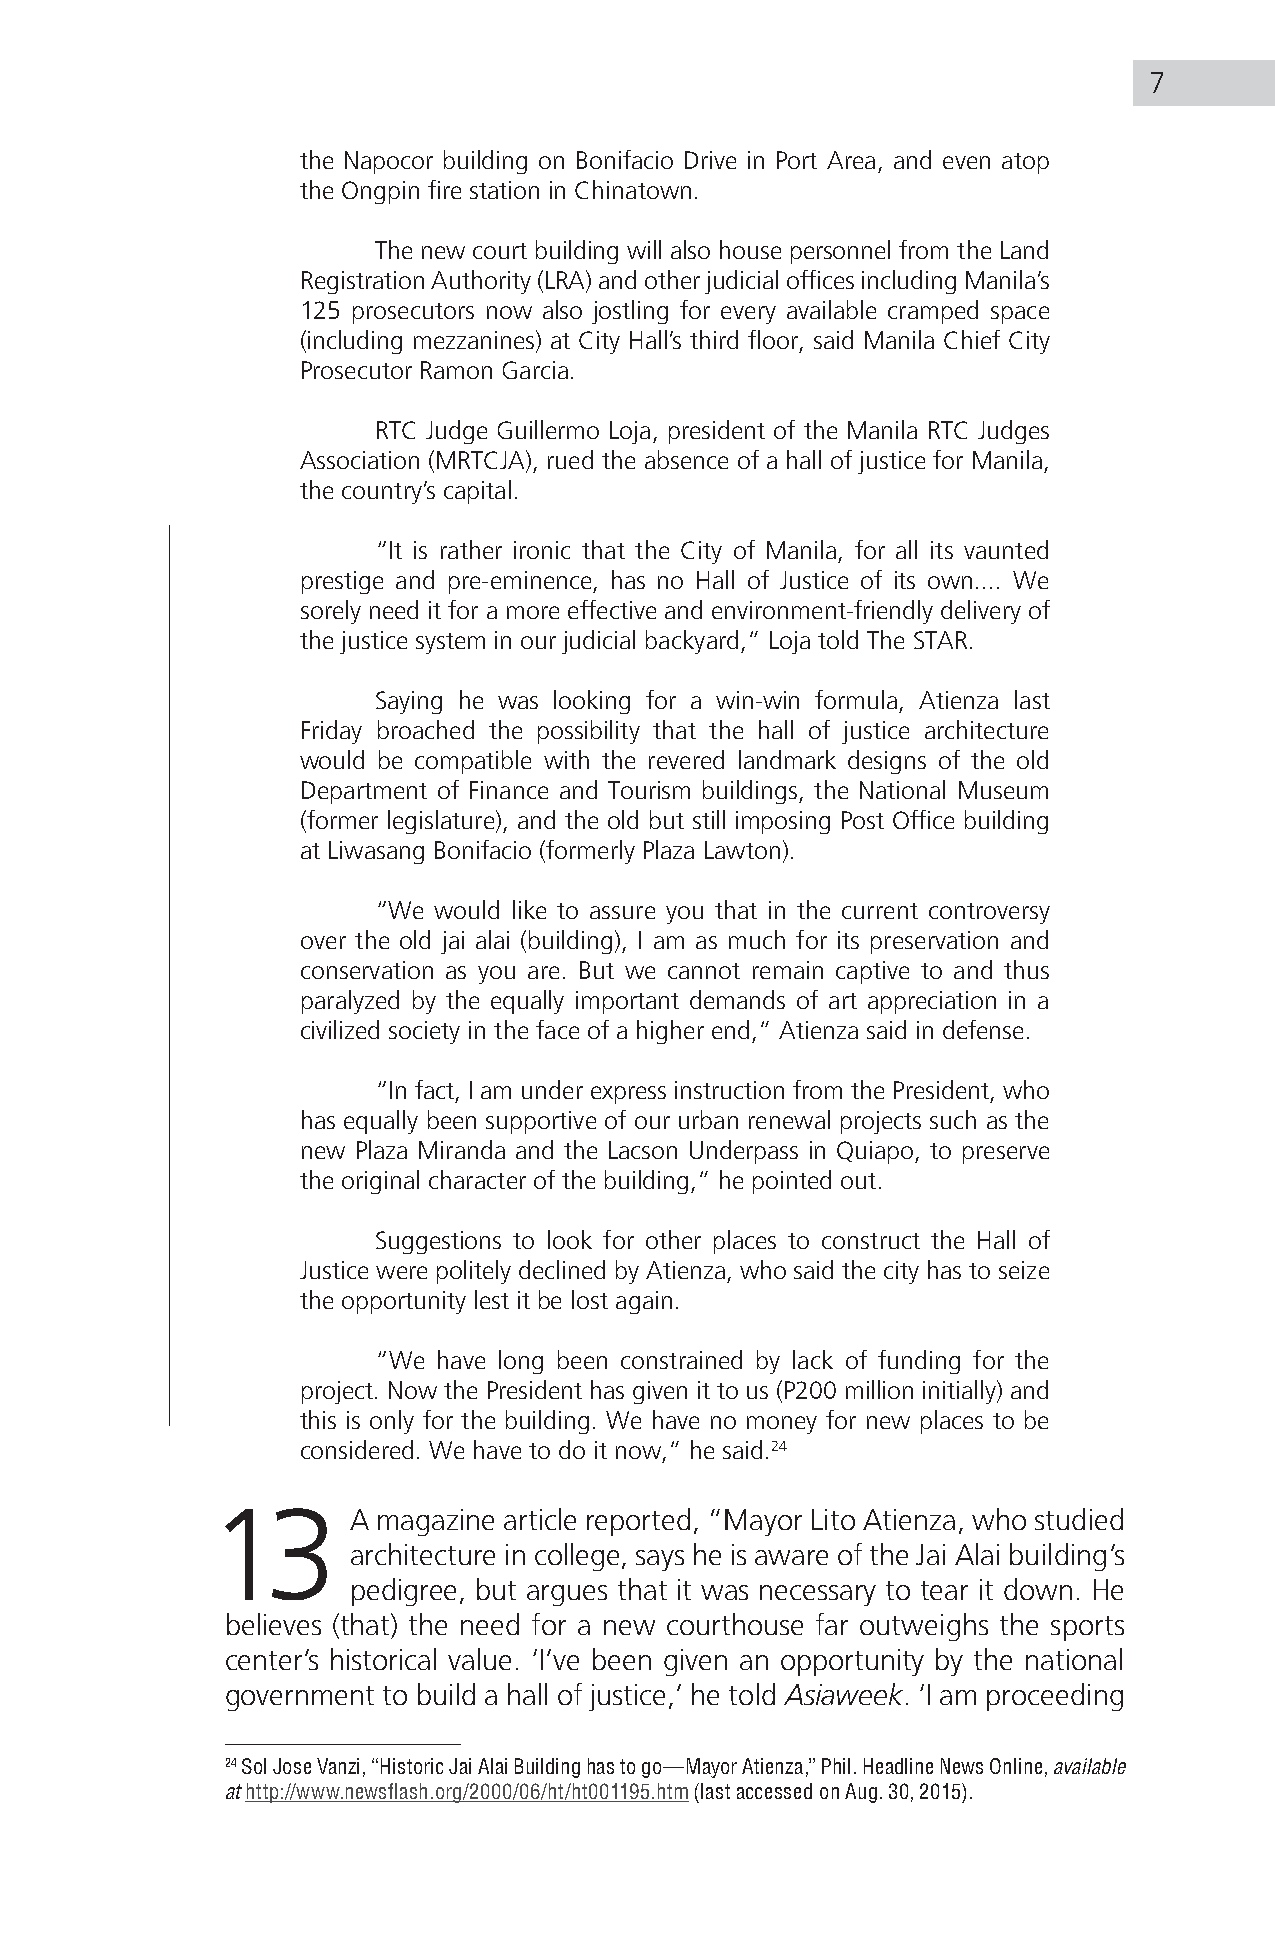
7
 the Napocor building on Bonifacio Drive in Port Area, and even atop
 the Ongpin fire station in Chinatown.
 The new court building will also house personnel from the Land
 Registration Authority (LRA) and other judicial offices including Manila’s
 125 prosecutors now also jostling for every available cramped space
 (including mezzanines) at City Hall’s third floor, said Manila Chief City
 Prosecutor Ramon Garcia.
 RTC Judge Guillermo Loja, president of the Manila RTC Judges
 Association (MRTCJA), rued the absence of a hall of justice for Manila,
 the country’s capital.
 “It is rather ironic that the City of Manila, for all its vaunted
 prestige and pre-eminence, has no Hall of Justice of its own.... We
 sorely need it for a more effective and environment-friendly delivery of
 the justice system in our judicial backyard,” Loja told The STAR.
 Saying he was looking for a win-win formula, Atienza last
 Friday broached the possibility that the hall of justice architecture
 would be compatible with the revered landmark designs of the old
 Department of Finance and Tourism buildings, the National Museum
 (former legislature), and the old but still imposing Post Office building
 at Liwasang Bonifacio (formerly Plaza Lawton).
 “We would like to assure you that in the current controversy
 over the old jai alai (building), I am as much for its preservation and
 conservation as you are. But we cannot remain captive to and thus
 paralyzed by the equally important demands of art appreciation in a
 civilized society in the face of a higher end,” Atienza said in defense.
 “In fact, I am under express instruction from the President, who
 has equally been supportive of our urban renewal projects such as the
 new Plaza Miranda and the Lacson Underpass in Quiapo, to preserve
 the original character of the building,” he pointed out.
 Suggestions to look for other places to construct the Hall of
 Justice were politely declined by Atienza, who said the city has to seize
 the opportunity lest it be lost again.
 “We have long been constrained by lack of funding for the
 project. Now the President has given it to us (P200 million initially) and
 this is only for the building. We have no money for new places to be
 considered. We have to do it now,” he said.24
 13       A magazine article reported, “Mayor Lito Atienza, who studied
 architecture in college, says he is aware of the Jai Alai building’s
 pedigree, but argues that it was necessary to tear it down. He
 believes (that) the need for a new courthouse far outweighs the sports
 center’s historical value. ‘I’ve been given an opportunity by the national
 government to build a hall of justice,’ he told Asiaweek. ‘I am proceeding
 24 Sol Jose Vanzi, “Historic Jai Alai Building has to go—Mayor Atienza,” Phil. Headline News Online, available
 at http://www.newsflash.org/2000/06/ht/ht001195.htm (last accessed on Aug. 30, 2015).